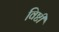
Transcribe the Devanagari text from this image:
विष्टी